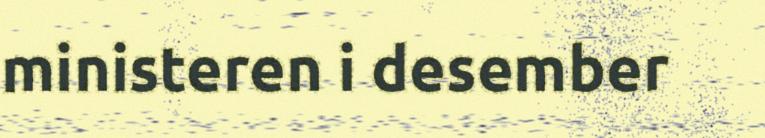
ministeren i desember